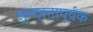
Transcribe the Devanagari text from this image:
सुन्दरतापूर्वक